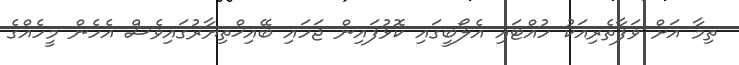
ތިމާ އަށް ވަފާތެރިއަކު ހުއްޓައި އެލޯބީގައި ކޮޅުފައިން ޖަހައި ބޭއިޚްތިޔާރުގައިވެސް އެހެން މީހެއްގެ